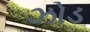
ઝોડ